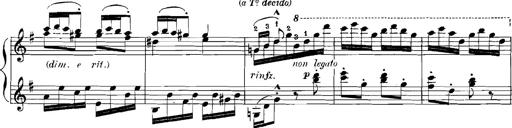
Title: Rhapsodies hongroises
Composer: Franz Liszt